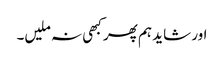
اور شاید ہم پھر کبھی نہ ملیں۔